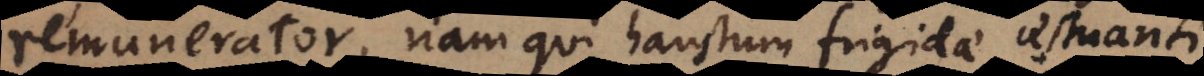
remunerator, nam qui haustum frigidae sitienti